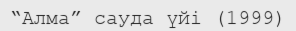
“Алма” сауда үйі (1999)